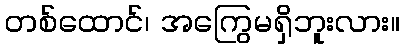
တစ်ထောင်၊ အကြွေမရှိဘူးလား။